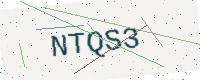
Text: NTQS3